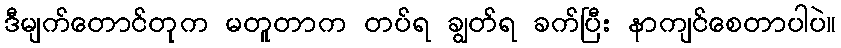
ဒီမျက်တောင်တုက မတူတာက တပ်ရ ချွတ်ရ ခက်ပြီး နာကျင်စေတာပါပဲ။